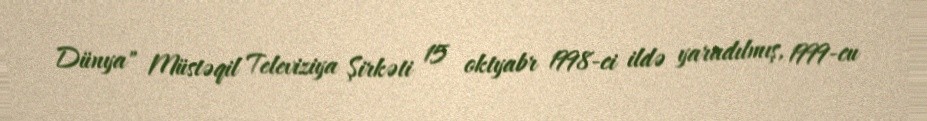
Dünya" Müstəqil Televiziya Şirkəti 15 oktyabr 1998-ci ildə yaradılmış, 1999-cu